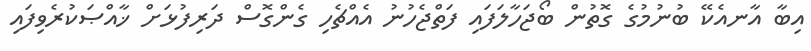
އިބާ އާނއެކޭ ބުނުމުގެ ގޮތުން ބޯޖަހާލަފައި ފަތްޖެހުނު އެއްޗެހި ގެންގޮސް ދަރިފުޅަށް ޚާއްޞަކުރެވިފައި